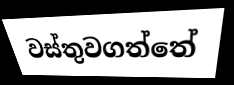
වස්තුවගත්තේ